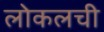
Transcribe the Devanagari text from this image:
लोकलची